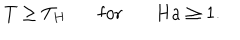
T \geq T _ { H } \ \ \ \mathrm { f o r } \ \ \ H a \geq 1 .